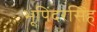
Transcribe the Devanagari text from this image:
भूपिंदरसिंह